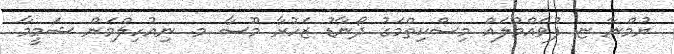
ޔުމްނާ ޏ. ފުވައްމުލައް މިސްކިތްމަގު ދޯނާޑު ޒަހުރާ މޫސާ މ. ނިއުހިލްމަން ޝަމީމާ